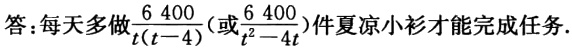
答：每天多做$\frac{6\ 400}{t(t - 4)}$（或$\frac{6\ 400}{t^{2}-4t}$）件夏凉小衫才能完成任务.